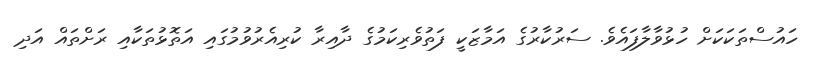
ހައުސްތަކަކަށް ހުޅުވާލާފައެވެ. ސަރުކާރުގެ އަމާޒަކީ ފަތުވެރިކަމުގެ ދާއިރާ ކުރިއެރުވުމުގައި އަތޮޅުތަކާއި ރަށްތައް އަދި